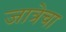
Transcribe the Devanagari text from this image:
जात्रेचा